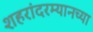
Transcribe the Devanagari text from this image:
शहरांदरम्यानच्या